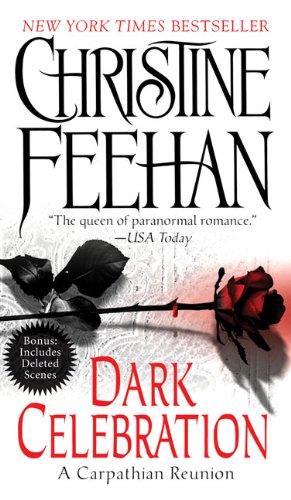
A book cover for Dark Celebration: A Carpathian Reunion (The Carpathians (Dark) Series, Book 14); Christine Feehan; Literature & Fiction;